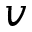
v